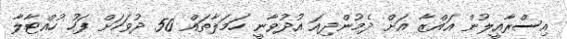
އިސްރާއީލުން ޣައްޒާ އަށް ދެމުންދިއަ އުދުވާނީ ހަމަލާތައް 50 ދުވަހަށް ފަހު ހުއްޓާލާ